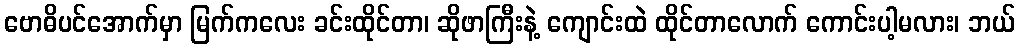
ဗောဓိပင်အောက်မှာ မြက်ကလေး ခင်းထိုင်တာ၊ ဆိုဖာကြီးနဲ့ ကျောင်းထဲ ထိုင်တာလောက် ကောင်းပါ့မလား၊ ဘယ်